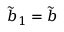
\tilde { b } _ { 1 } = \tilde { b }